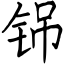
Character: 铞